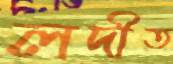
লদীত